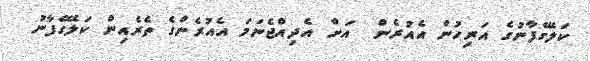
ކަލޭގެފާނުގެ އަރިހުން އެއުރެން  އަށް އެދިއްޖެނަމަ އެއުރެންގެ ތެރެއިން ކަލޭގެފާނު